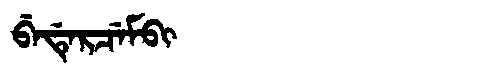
Manchu: ᠪᡝᡩᡝᡵᠴᡝᠮᠪᡳ
Romanization: BEDERCEMBI